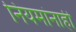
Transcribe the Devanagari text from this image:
नियमांनाही